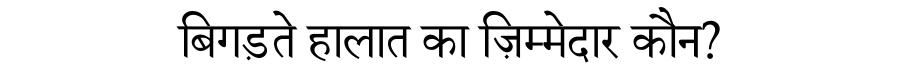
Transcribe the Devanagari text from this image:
बिगड़ते हालात का ज़िम्मेदार कौन?